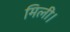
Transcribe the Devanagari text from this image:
मिली।